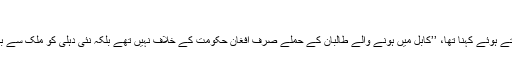
‘‘
اس تجزیہ کار کا ڈی ڈبلیو سے گفتگو کرتے ہوئے کہنا تھا، ’’کابل میں ہونے والے طالبان کے حملے صرف افغان حکومت کے خلاف نہیں تھے بلکہ نئی دہلی کو ملک سے باہر رکھنے کی طرف بھی ایک اشارہ ہیں۔